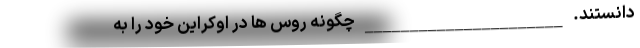
دانستند. ______________________ چگونه روس ها در اوکراین خود را به